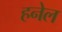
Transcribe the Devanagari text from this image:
हनेल